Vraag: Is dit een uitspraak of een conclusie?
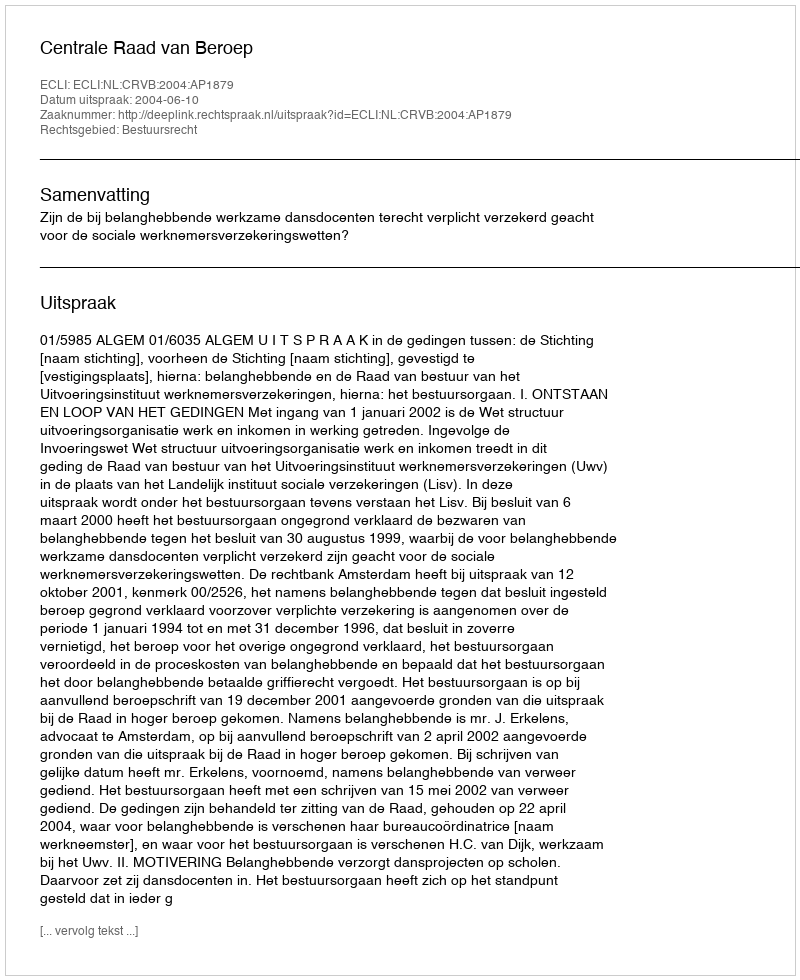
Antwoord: Uitspraak